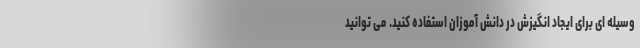
وسیله ای برای ایجاد انگیزش در دانش آموزان استفاده کنید. می توانید